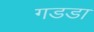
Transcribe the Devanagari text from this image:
गडडा